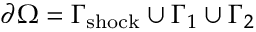
\partial \Omega = \Gamma _ { \mathrm { s h o c k } } \cup \Gamma _ { 1 } \cup \Gamma _ { 2 }